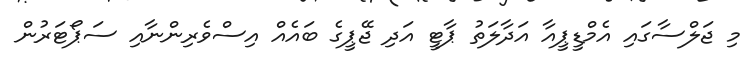
މި ޖަލްސާގައި އެމްޑީޕީއާ އަދާލަތު ޕާޓީ އަދި ޖޭޕީގެ ބައެއް އިސްވެރިންނާއި ސަޕޯޓަރުން